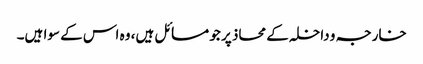
خارجہ و داخلہ کے محاذ پر جو مسائل ہیں، وہ اس کے سوا ہیں۔